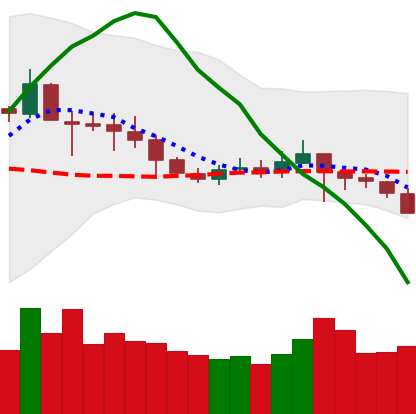
Ticker: ETC-USD
Chart end date: 2019-09-23
Forward return: -19.778%
Label: down_7plus